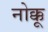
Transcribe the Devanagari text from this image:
नोक्कू